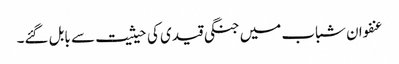
عنفوان شباب میں جنگی قیدی کی حیثیت سے بابل گئے۔